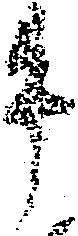
牛